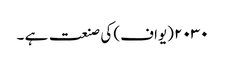
۲۰۳۰ (یواف) کی صنعت ہے ۔